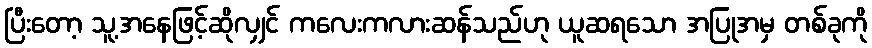
ပြီးတော့ သူ့အနေဖြင့်ဆိုလျှင် ကလေးကလားဆန်သည်ဟု ယူဆရသော အပြုအမှ တစ်ခုကို